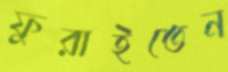
ফুরাইতেন